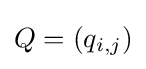
Q=(q_{i,j})